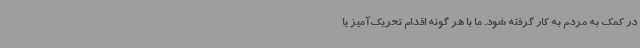
در کمک به مردم به کار گرفته شود. ما با هر گونه اقدام تحریک‌آمیز یا